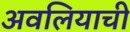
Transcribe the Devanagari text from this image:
अवलियाची